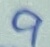
Text: 9